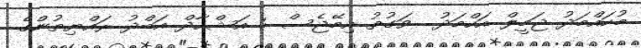
މުހައްމަދު ޖަމީލް އަހްމަދު  ވަގުތު އިމޭޖެސް : އަޝްހާދް އަބްދު ރައްޔިތުންގެ